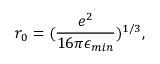
r _ { 0 } = ( \frac { e ^ { 2 } } { 1 6 \pi \epsilon _ { m i n } } ) ^ { 1 / 3 } ,